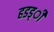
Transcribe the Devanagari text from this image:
हडड्ी